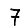
Digit: 7